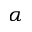
\alpha